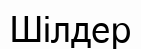
Шілдер